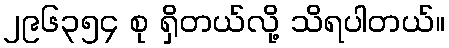
၂၉၆၃၅၄ စု ရှိတယ်လို့ သိရပါတယ်။